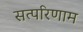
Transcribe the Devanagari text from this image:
सत्परिणाम